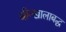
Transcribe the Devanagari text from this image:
श्रीन्खालाबद्ध